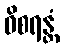
ဝိစရန္တံ